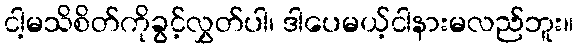
ငါ့မသိစိတ်ကိုခွင့်လွှတ်ပါ၊ ဒါပေမယ့်ငါနားမလည်ဘူး။